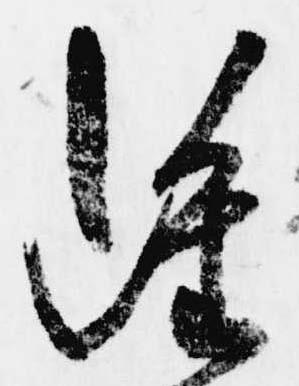
雖